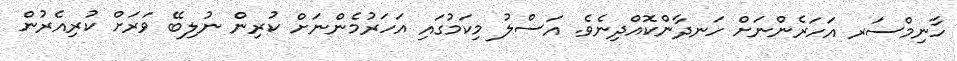
ހާނިމްސަރ އަހަރެންނަށް ހަނދާންކޮއްދިނެވެ. އަސްލު މިކަމުގައި އަހަރުމެންނަށް ކުރިން ނުލިބޭ ވަރަށް ކުރިއެރުން